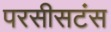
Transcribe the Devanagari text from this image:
परसीसटंस